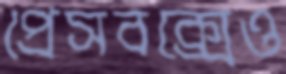
প্রেসবক্সেও